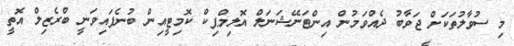
މި ސުވާލުތަކަށް ޖަވާބު ދެއްވަމުން އިންޓަނޭޝަނަލް އޮލިމްޕިކް ކޮމިޓީއިން ބުނެފައިވަނީ ބްރެޒިލް އޮތީ